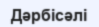
Дәрбісәлі